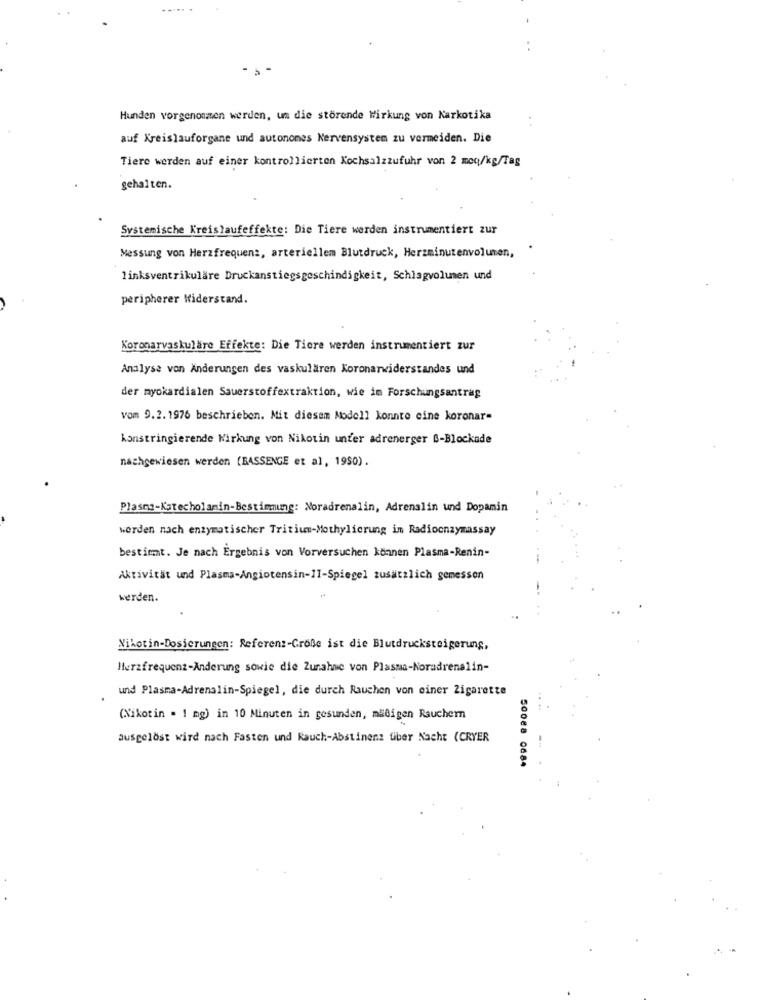
Hunden vorgenommen werden, um die störende Wirkung von Narkotika
auf Kreislauforgane und autonomes Nervensystem zu vermeiden. Die
Tiere werden auf einer kontrollierten Kochsalzzufuhr von 2 meq/kg/Tag
gehalten.
Systemische Kreislaufeffekte: Die Tiere werden instrumentiert zur
Messung von Herzfrequenz, arteriellen Blutdruck, Herzminutenvolumen,
linksventrikuläre Druckanstiegsgeschindigkeit, Schlagvolumen und
peripherer Widerstand.
Koronarvaskulare Effekte: Die Tiere werden instrumentiert zur
Analyse von Änderungen des vaskulären Koronarwiderstandes und
der myokardialen Sauerstoffextraktion, wie im Forschungsantrag
vom 9.2. 1976 beschrieben. Mit diesem Modell konnte eine koronar=
konstringierende Wirkung von Nikotin unter adrenerger &-Blockade
nachgewiesen werden [BASSENGE et al, 1950).
Plasma-Katecholamin-Bestimmung: Noradrenalin, Adrenalin und Dopamin
werden nach enzymatischer Tritium-Methylierung im Radioenzymassay
bestimmt. Je nach Ergebnis von Vorversuchen können Plasma-Renin-
Aktivität und Plasma-Angiotensin-11-Spiegel zusätzlich gemessen
werden.
Nikotin-Dosierungen: Referenz-Große ist die Blutdrucksteigerung,
Herzfrequenz-Änderung sowie die Zunahme von Plasma-Noradrenalin-
und Plasma-Adrenalin-Spiegel, die durch Rauchen von einer Zigarette
(Nikotin = 1 mg) in 10 Minuten in gesunden, mäßigen Rauchern
ausgelost wird nach Fasten und Kauch-Abstinenz tiber Nacht (CRYER
50088 084